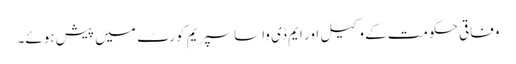
وفاقی حکومت کے وکیل اور ایم ڈی واسا سپریم کورٹ میں پیش ہوئے۔